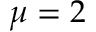
\mu = 2